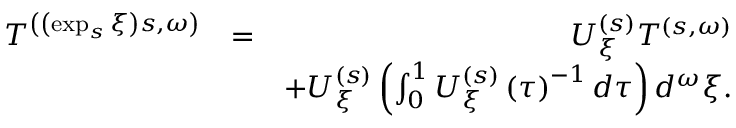
\begin{array} { r l r } { T ^ { \left( \left( \exp _ { s } \xi \right) s , \omega \right) } } & { = } & { U _ { \xi } ^ { \left( s \right) } T ^ { \left( s , \omega \right) } } \\ & { } & { + U _ { \xi } ^ { \left( s \right) } \left( \int _ { 0 } ^ { 1 } U _ { \xi } ^ { \left( s \right) } \left( \tau \right) ^ { - 1 } d \tau \right) d ^ { \omega } \xi . } \end{array}